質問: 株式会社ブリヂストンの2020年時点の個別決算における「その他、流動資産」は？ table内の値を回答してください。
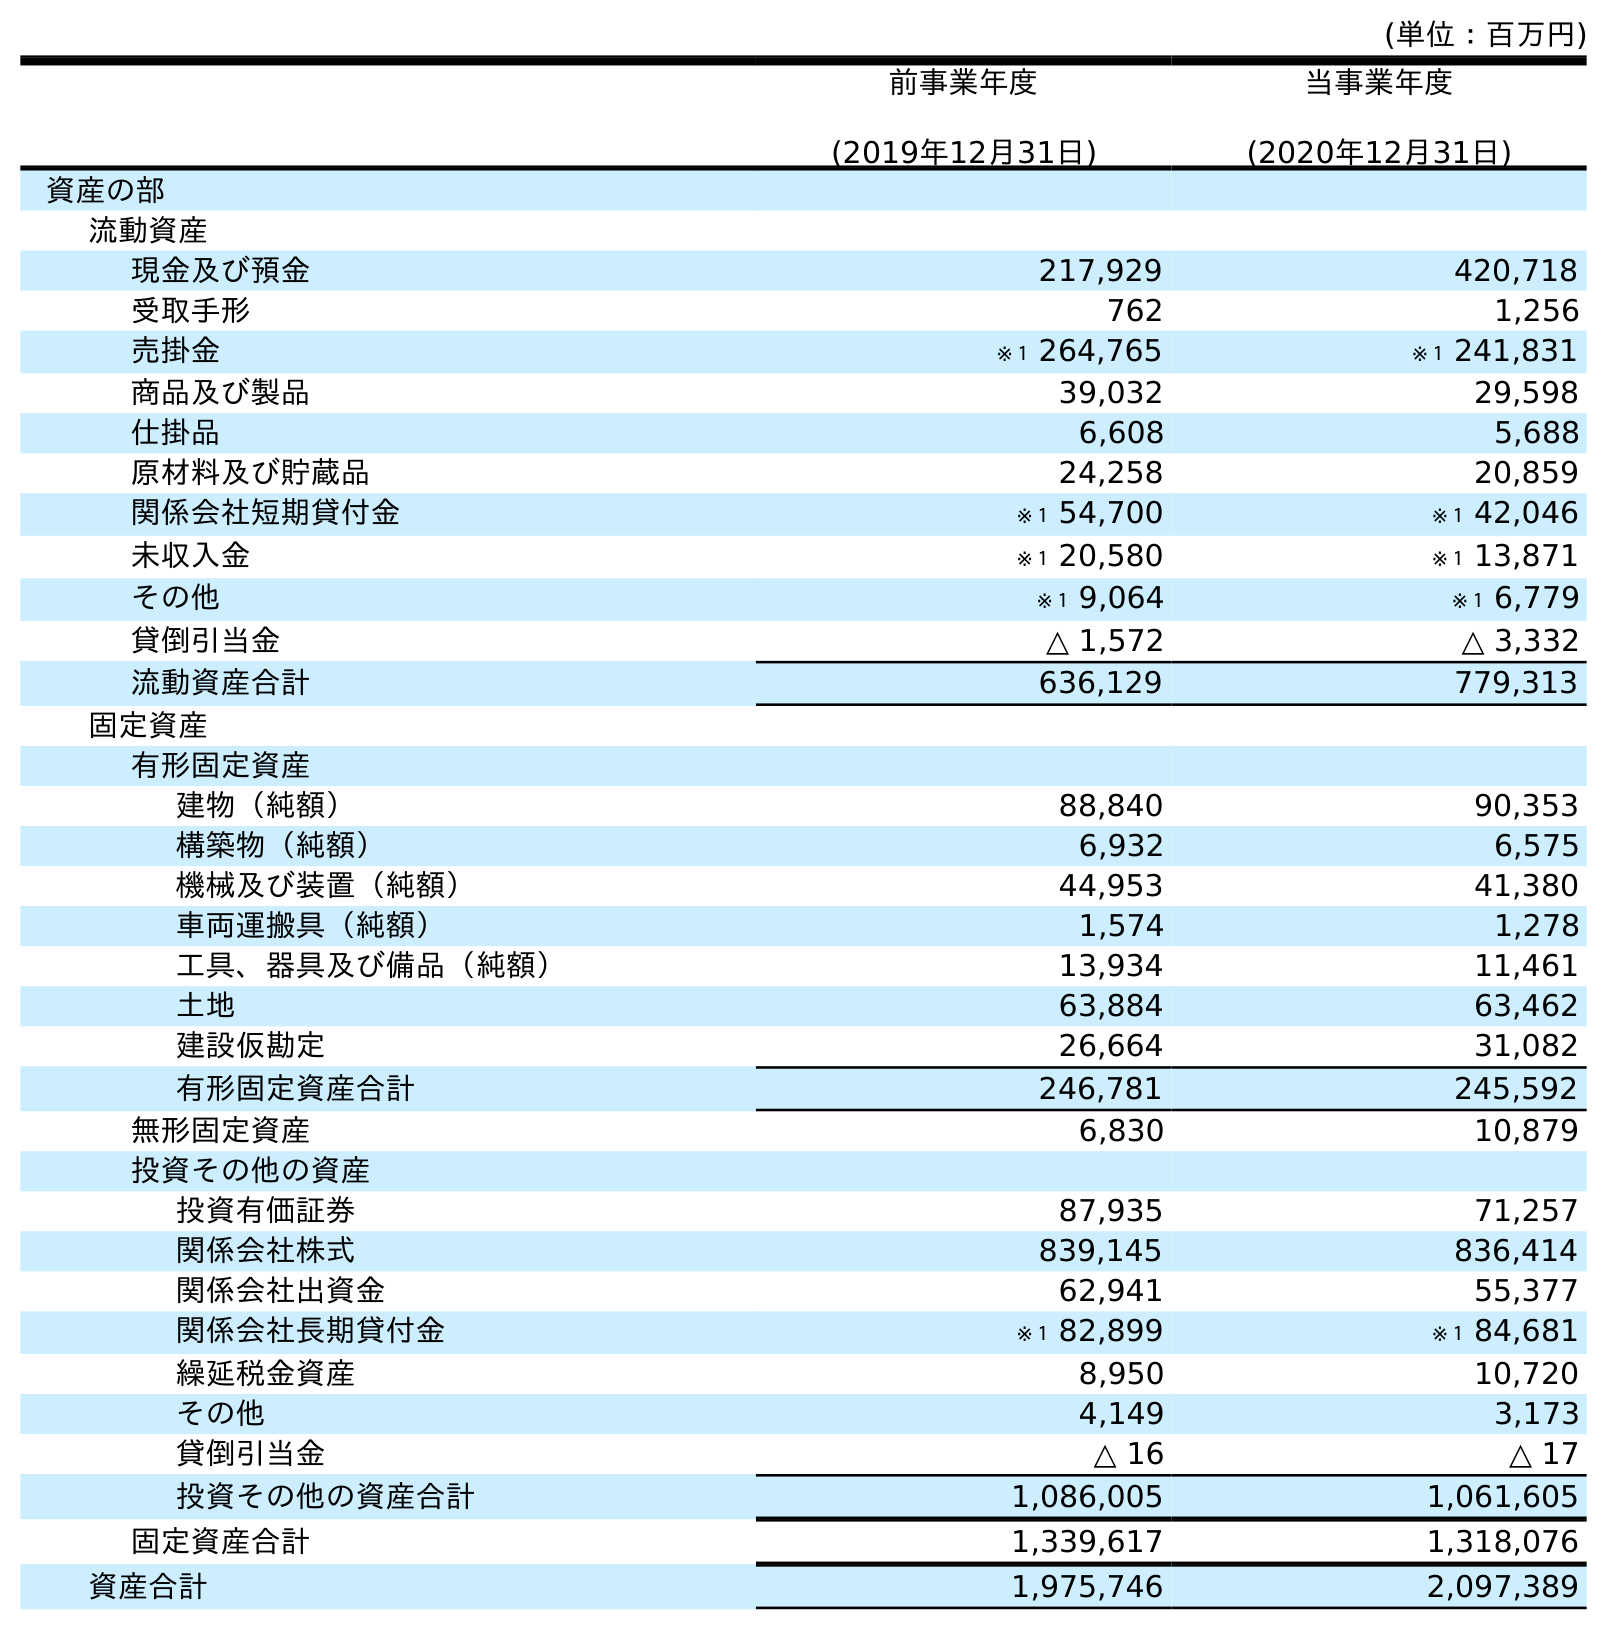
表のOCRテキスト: (単位：百万円) 前事業年度 (2019年12月31日) 当事業年度 (2020年12月31日) 資産の部 流動資産 現金及び預金 217,929 420,718 受取手形 762 1,256 売掛金 ※１ 264,765 ※１ 241,831 商品及び製品 39,032 29,598 仕掛品 6,608 5,688 原材料及び貯蔵品 24,258 20,859 関係会社短期貸付金 ※１ 54,700 ※１ 42,046 未収入金 ※１ 20,580 ※１ 13,871 その他 ※１ 9,064 ※１ 6,779 貸倒引当金 △ 1,572 △ 3,332 流動資産合計 636,129 779,313 固定資産 有形固定資産 建物（純額） 88,840 90,353 構築物（純額） 6,932 6,575 機械及び装置（純額） 44,953 41,380 車両運搬具（純額） 1,574 1,278 工具、器具及び備品（純額） 13,934 11,461 土地 63,884 63,462 建設仮勘定 26,664 31,082 有形固定資産合計 246,781 245,592 無形固定資産 6,830 10,879 投資その他の資産 投資有価証券 87,935 71,257 関係会社株式 839,145 836,414 関係会社出資金 62,941 55,377 関係会社長期貸付金 ※１ 82,899 ※１ 84,681 繰延税金資産 8,950 10,720 その他 4,149 3,173 貸倒引当金 △ 16 △ 17 投資その他の資産合計 1,086,005 1,061,605 固定資産合計 1,339,617 1,318,076 資産合計 1,975,746 2,097,389
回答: ※１6,779